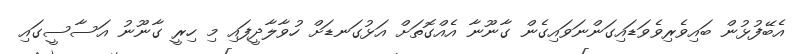
އެބޭފުޅުން ބައިވެރިވެވަޑައިގަންނަވައިގެން ގާނޫނާ އެއްގޮތަށް އަޅުގަނޑަށް ހުވާލާދީފައި މި ހިރީ ގާނޫނު އަސާސީގައި